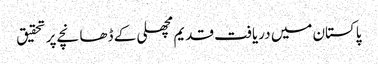
پاکستان میں دریافت قدیم مچھلی کے ڈھانچے پر تحقیق